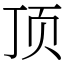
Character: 顶